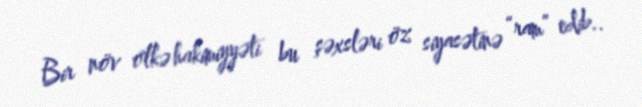
Bir növ ölkə hakimiyyəti bu şəxsləri öz siyasətinə “ram” edib..